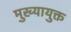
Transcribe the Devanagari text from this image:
मुख्यायुक्त